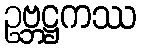
ဥဗ္ဘဋ္ဌကဿ